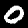
Label: 0